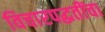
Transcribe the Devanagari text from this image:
विचारपद्धतींचा